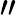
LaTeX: "